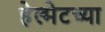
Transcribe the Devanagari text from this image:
हेल्मेटच्या